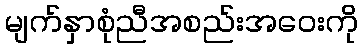
မျက်နှာစုံညီအစည်းအဝေးကို